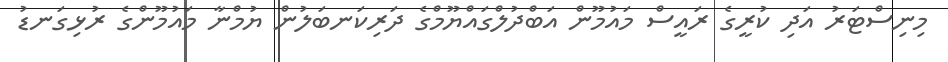
މިނިސްޓަރު އަދި ކުރީގެ ރައީސް މައުމޫން އަބްދުލްގައްޔޫމްގެ ދަރިކަނބަލުން ޔުމްނާ މައުމޫންގެ ރުޅިގަނޑު